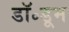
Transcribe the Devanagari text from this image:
डॉ॰डूम